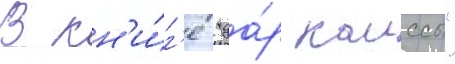
В кн'и́г'е "да́р каиссы"